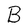
Character: B